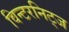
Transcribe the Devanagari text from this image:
विन्टरनिट्ज